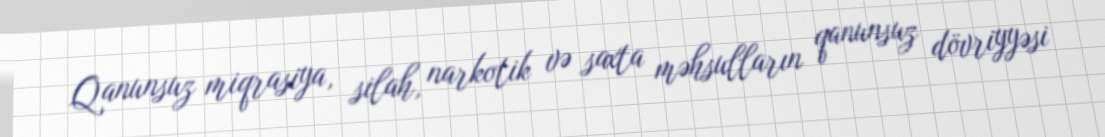
Qanunsuz miqrasiya, silah, narkotik və saxta məhsulların qanunsuz dövriyyəsi